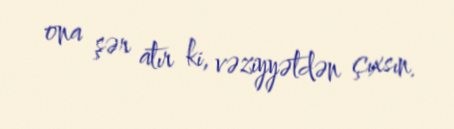
ona şər atır ki, vəziyyətdən çıxsın.